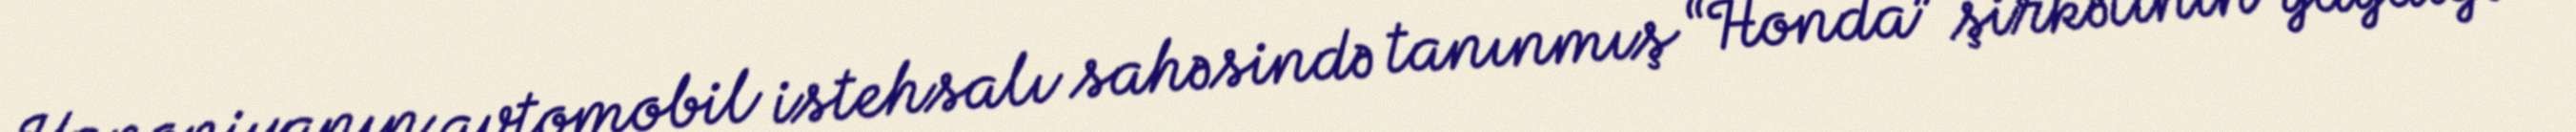
Yaponiyanın avtomobil istehsalı sahəsində tanınmış “Honda” şirkətinin yaydığı